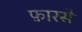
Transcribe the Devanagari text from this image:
फ़ारसै